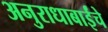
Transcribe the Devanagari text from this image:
अनुराधाबाईंचे